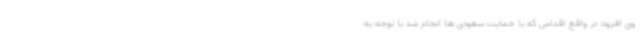
وی افزود: در واقع اقدامی که با حمایت سعودی ها انجام شد با توجه به